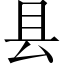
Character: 县